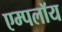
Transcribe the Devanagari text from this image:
एम्पलॉय